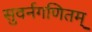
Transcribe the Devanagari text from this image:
सुवर्नगणितम्